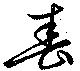
春